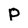
Character: P